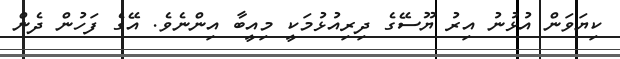
ކިޔަވަން އުޅުނު އިރު ޔޫސޭގެ ދިރިއުޅުމަކީ މިއީބާ އިންނެވެ. އޭގެ ފަހުން ދެން